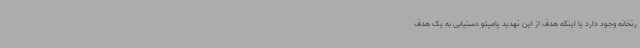
رتخانه وجود دارد یا اینکه هدف از این تهدید پامپئو دستیابی به یک هدف